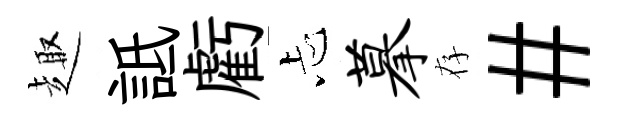
趣詆虧忐摹存#